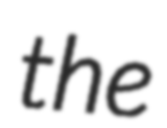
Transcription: the